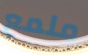
ملمع